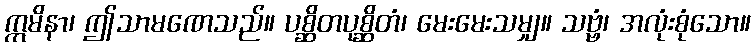
ဣမိနာ၊ ဤသာမဏေသည်။ ပစ္ဆိတပုစ္ဆိတံ၊ မေးမေးသမျှ။ သဗ္ဗံ၊ အလုံးစုံသော။